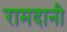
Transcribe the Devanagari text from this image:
रामदानी